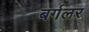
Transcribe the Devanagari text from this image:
बर्गलर